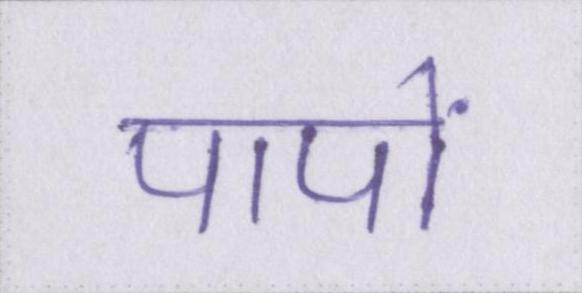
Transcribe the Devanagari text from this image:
पापों